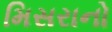
મિસરાનો